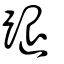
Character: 蹆